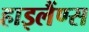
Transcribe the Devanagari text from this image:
हाइलैंण्स